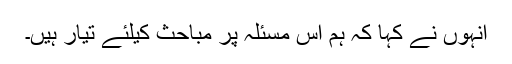
انہوں نے کہا کہ ہم اس مسئلہ پر مباحث کیلئے تیار ہیں۔